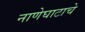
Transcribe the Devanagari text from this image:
नाणेघाटाचे